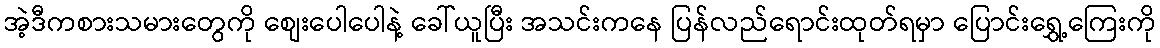
အဲ့ဒီကစားသမားတွေကို စျေးပေါပေါနဲ့ ခေါ်ယူပြီး အသင်းကနေ ပြန်လည်ရောင်းထုတ်ရမှာ ပြောင်းရွှေ့ကြေးကို